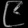
Digit: ၉